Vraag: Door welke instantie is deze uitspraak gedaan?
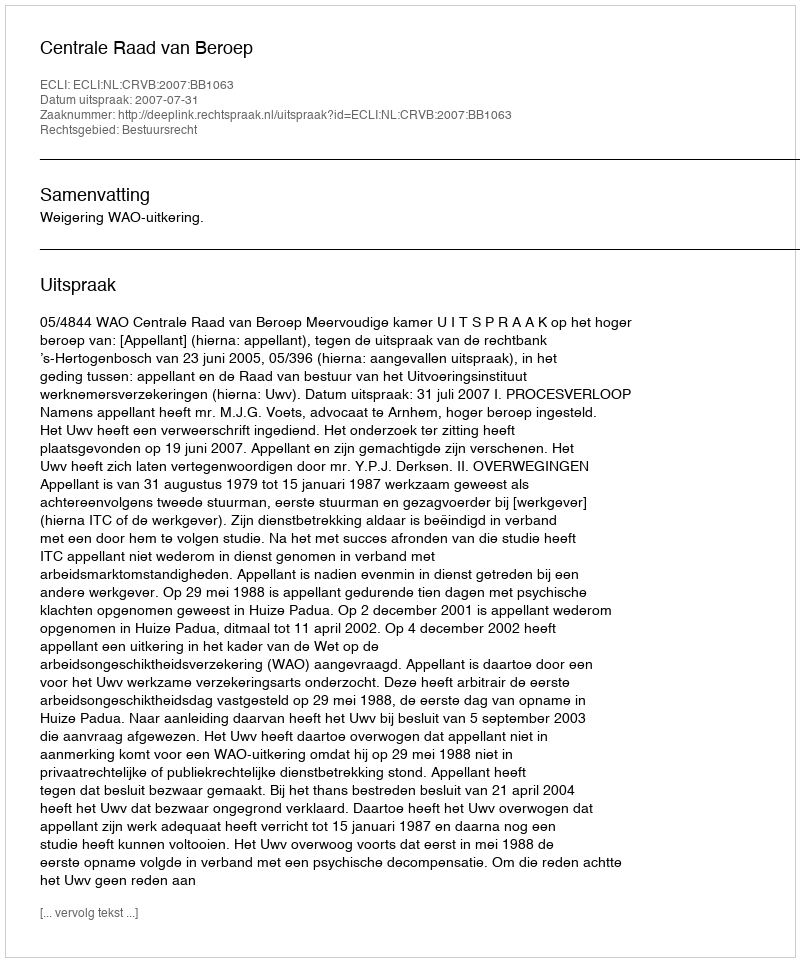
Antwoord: Centrale Raad van Beroep